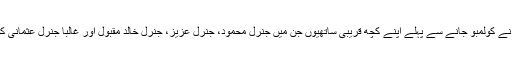
دوسری طرف جنرل مشرف کے ایک قریبی ساتھی جو اس وقت فوج میں اہم عہدے پر فائز تھے، نے کولمبو جانے سے پہلے اپنے کچھ قریبی ساتھیوں جن میں جنرل محمود، جنرل عزیز، جنرل خالد مقبول اور غالباً جنرل عثمانی کو اعتماد میں لے لیا تھا کہ اگر وزیراعظم کی طرف سے کوئی اعلان ہو تو انہوں نے کیا کرنا ہے۔